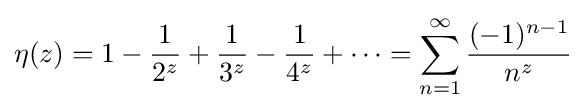
\eta (z)=1-{\frac {1}{2^{z}}}+{\frac {1}{3^{z}}}-{\frac {1}{4^{z}}}+\cdots =\sum _{n=1}^{\infty }{\frac {(-1)^{n-1}}{n^{z}}}